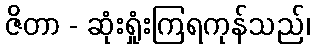
ဇိတာ - ဆုံးရှုံးကြရကုန်သည်၊